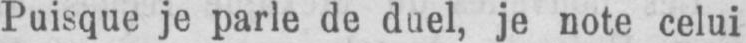
Puisque je parle de duel, je note celui